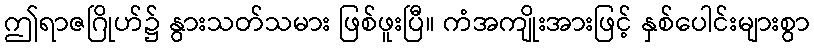
ဤရာဇဂြိုဟ်၌ နွားသတ်သမား ဖြစ်ဖူးပြီ။ ကံအကျိုးအားဖြင့် နှစ်ပေါင်းများစွာ